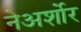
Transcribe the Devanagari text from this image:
नेअर्शोर